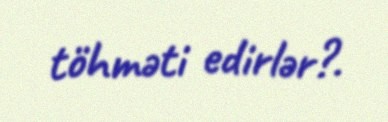
töhməti edirlər?.